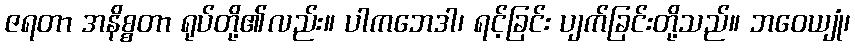
ဇရတာ အနိစ္စတာ ရုပ်တို့၏လည်း။ ပါကဘေဒါ၊ ရင့်ခြင်း ပျက်ခြင်းတို့သည်။ ဘဝေယျုံ၊